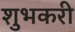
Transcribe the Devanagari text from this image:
शुभकरी